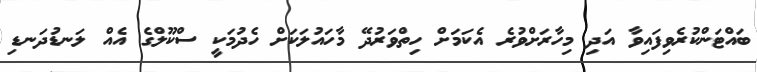
ބައްޓަންކުރެވިފައިވާ އަދި މިހާރަށްވުރެ އެކަމަށް ހިތްވަރުދޭ މާހައުލަކަށް ހެދުމަކީ ސްކޫލްގެ އެއް ލަނޑުދަނޑި